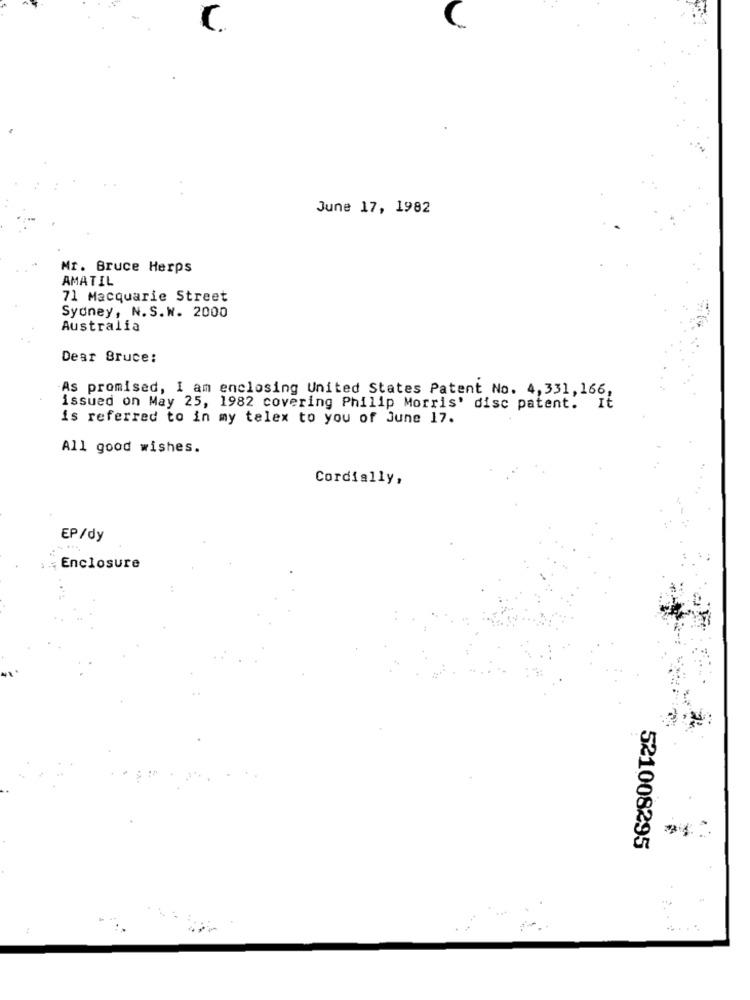
June 17, 1982
Mr. Bruce Herps
AMATIL
71 Macquarie Street
Sydney, N.S.W. 2000
Australia
Dear Bruce:
As promised, I am enclosing United States Patent No. 4,331,166,
issued on May 25, 1982 covering Philip Morris' disc patent. It
is referred to in my telex to you of June 17.
All good wishes.
Cordially,
EP/dy
Enclosure
521008295